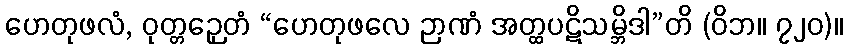
ဟေတုဖလံ, ဝုတ္တဉှေတံ “ဟေတုဖလေ ဉာဏံ အတ္ထပဋိသမ္ဘိဒါ”တိ (ဝိဘ။ ၇၂၀)။